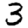
Digit: 3